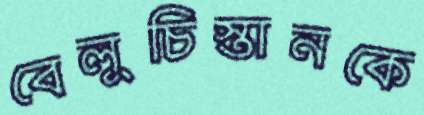
বেলুচিস্তানকে